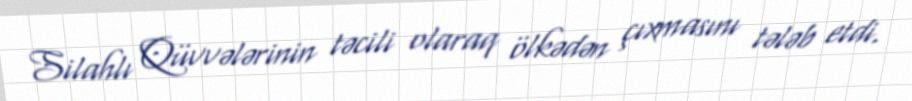
Silahlı Qüvvələrinin təcili olaraq ölkədən çıxmasını tələb etdi.